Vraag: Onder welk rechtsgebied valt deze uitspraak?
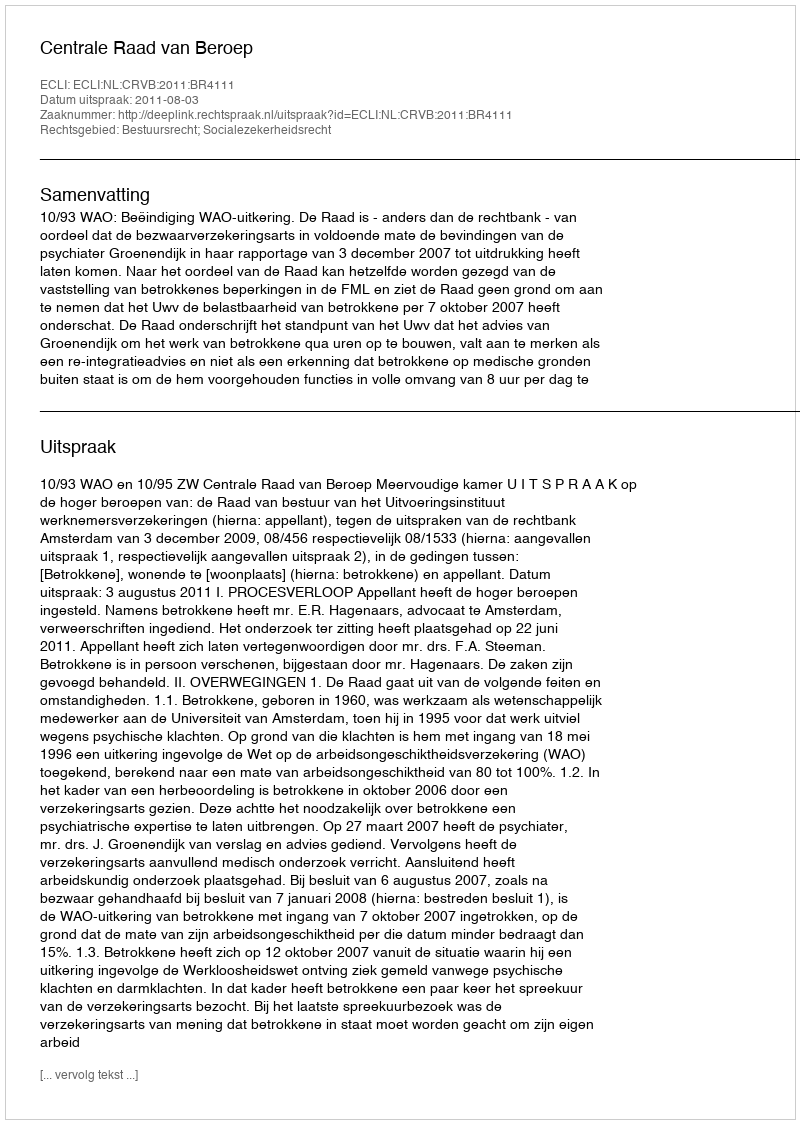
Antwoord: Bestuursrecht; Socialezekerheidsrecht